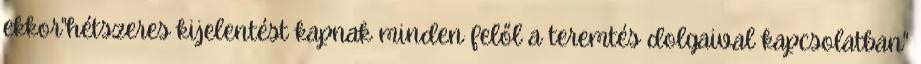
ekkor"hétszeres kijelentést kapnak minden felől a teremtés dolgaival kapcsolatban"